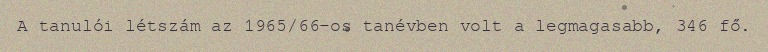
A tanulói létszám az 1965/66-os tanévben volt a legmagasabb, 346 fő.